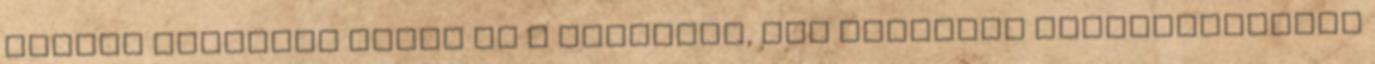
pontja különben éppen ez a szereplő, aki színészi pályafutásának